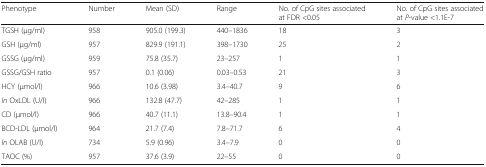
<table><thead><tr><td><b>Phenotype</b></td><td><b>Number</b></td><td><b>Mean (SD)</b></td><td><b>Range</b></td><td><b>No. of CpG sites associated at FDR &lt;0.05</b></td><td><b>No. of CpG sites associated at <i>P</i>-value &lt;1.1E-7</b></td></tr></thead><tbody><tr><td>TGSH (μg/ml)</td><td>958</td><td>905.0 (199.3)</td><td>440–1836</td><td>18</td><td>3</td></tr><tr><td>GSH (μg/ml)</td><td>957</td><td>829.9 (191.1)</td><td>398–1730</td><td>25</td><td>2</td></tr><tr><td>GSSG (μg/ml)</td><td>959</td><td>75.8 (35.7)</td><td>23–257</td><td>1</td><td>1</td></tr><tr><td>GSSG/GSH ratio</td><td>957</td><td>0.1 (0.06)</td><td>0.03–0.53</td><td>21</td><td>3</td></tr><tr><td>HCY (μmol/l)</td><td>966</td><td>10.6 (3.98)</td><td>3.4–40.7</td><td>9</td><td>6</td></tr><tr><td><i>ln</i> OxLDL (U/l)</td><td>966</td><td>132.8 (47.7)</td><td>42–285</td><td>1</td><td>1</td></tr><tr><td>CD (μmol/l)</td><td>966</td><td>40.7 (11.1)</td><td>13.8–90.4</td><td>1</td><td>1</td></tr><tr><td>BCD-LDL (μmol/l)</td><td>964</td><td>21.7 (7.4)</td><td>7.8–71.7</td><td>6</td><td>4</td></tr><tr><td><i>ln</i> OLAB (U/l)</td><td>734</td><td>5.9 (0.96)</td><td>3.4–7.9</td><td>0</td><td>0</td></tr><tr><td>TAOC (%)</td><td>957</td><td>37.6 (3.9)</td><td>22–55</td><td>0</td><td>0</td></tr></tbody></table>